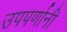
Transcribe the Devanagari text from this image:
उपपर्णानी